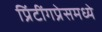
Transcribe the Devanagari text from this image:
प्रिंटींगप्रेसमध्ये